Leaving Certificate Examination (including Day School Certificate (Higher) General paper), 1934
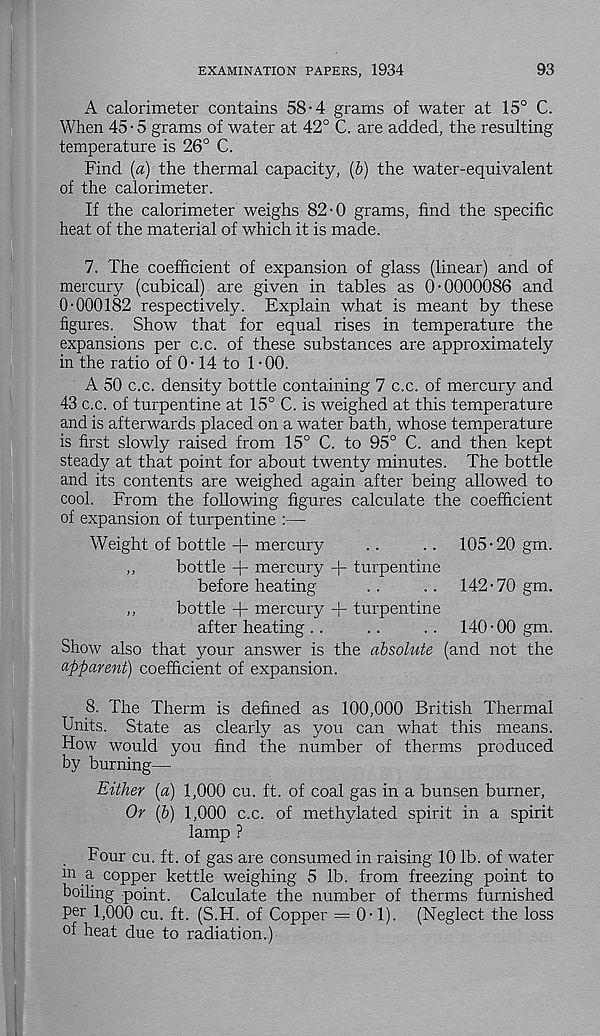
EXAMINATION PAPERS, 1934
93
A calorimeter contains 58-4 grams of water at 15° C.
When 45 • 5 grams of water at 42° C. are added, the resulting
temperature is 26° C.
Find (a) the thermal capacity, (b) the water-equivalent
of the calorimeter.
If the calorimeter weighs 82-0 grams, find the specific
heat of the material of which it is made.
7. The coefficient of expansion of glass (linear) and of
mercury (cubical) are given in tables as 0-0000086 and
0-000182 respectively. Explain what is meant by these
figures. Show that for equal rises in temperature the
expansions per c.c. of these substances are approximately
in the ratio of 0-14 to 1-00.
A 50 c.c. density bottle containing 7 c.c. of mercury and
43 c.c. of turpentine at 15° C. is weighed at this temperature
and is afterwards placed on a water bath, whose temperature
is first slowly raised from 15° C. to 95° C. and then kept
steady at that point for about twenty minutes. The bottle
and its contents are weighed again after being allowed to
cool. From the following figures calculate the coefficient
of expansion of turpentine :—
Weight of bottle + mercury
. .
.. 105-20 gm.
,,
bottle + mercury + turpentine
before heating
. .
. . 142-70 gm.
,,
bottle + mercury + turpentine
after heating . .
..
..
140-00 gm.
Show also that your answer is the absolute (and not the
apparent) coefficient of expansion.
8. The Therm is defined as 100,000 British Thermal
Units. State as clearly as you can what this means.
How would you find the number of therms produced
by burning—
Either [a) 1,000 cu. ft. of coal gas in a bunsen burner,
Or (b) 1,000 c.c. of methylated spirit in a spirit
lamp ?
Four cu. ft. of gas are consumed in raising 10 lb. of water
m a. copper kettle weighing 5 lb. from freezing point to
boiling point. Calculate the number of therms furnished
per 1,000 cu. ft. (S.H. of Copper = 0-1). (Neglect the loss
of heat due to radiation.)